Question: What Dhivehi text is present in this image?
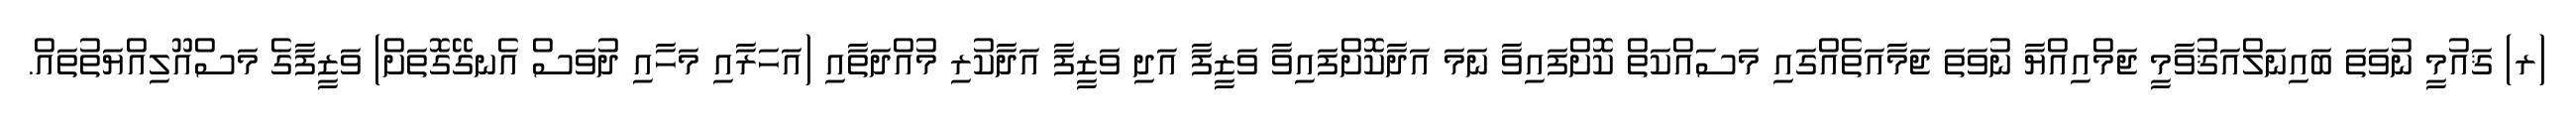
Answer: (ރ) ޤައުމީ ނުވަތަ ބައިނަލްއަޤުވާމީ ޖަމްއިއްޔާ ނުވަތަ ޖަމާއަތެއްގައި މަސައްކަތް ކޮށްފައިވާ ނަމަ އަދާކޮށްފައިވާ ވަޒީފާ އަދި ވަޒީފާ އަދާކުރި މުއްދަތާއި (އަހަރާއި މަހާއި ދުވަސް އެނގޭގޮތަށް) ވަޒީފާގެ މަސްއޫލިއްޔަތުތައް.